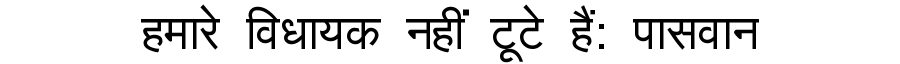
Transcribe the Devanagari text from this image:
हमारे विधायक नहीं टूटे हैं: पासवान